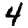
Digit: 4